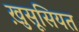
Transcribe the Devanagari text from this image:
ख़ुसूसियत